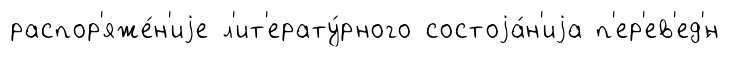
распор'яже́н'иjе л'ит'ерату́рного состоjа́н'иjа п'ер'ев'ед'́н